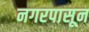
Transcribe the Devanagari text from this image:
नगरपासून